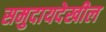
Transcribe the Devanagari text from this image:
समुदायदेखील